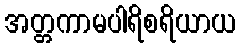
အတ္တကာမပါရိစရိယာယ